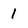
Character: 1